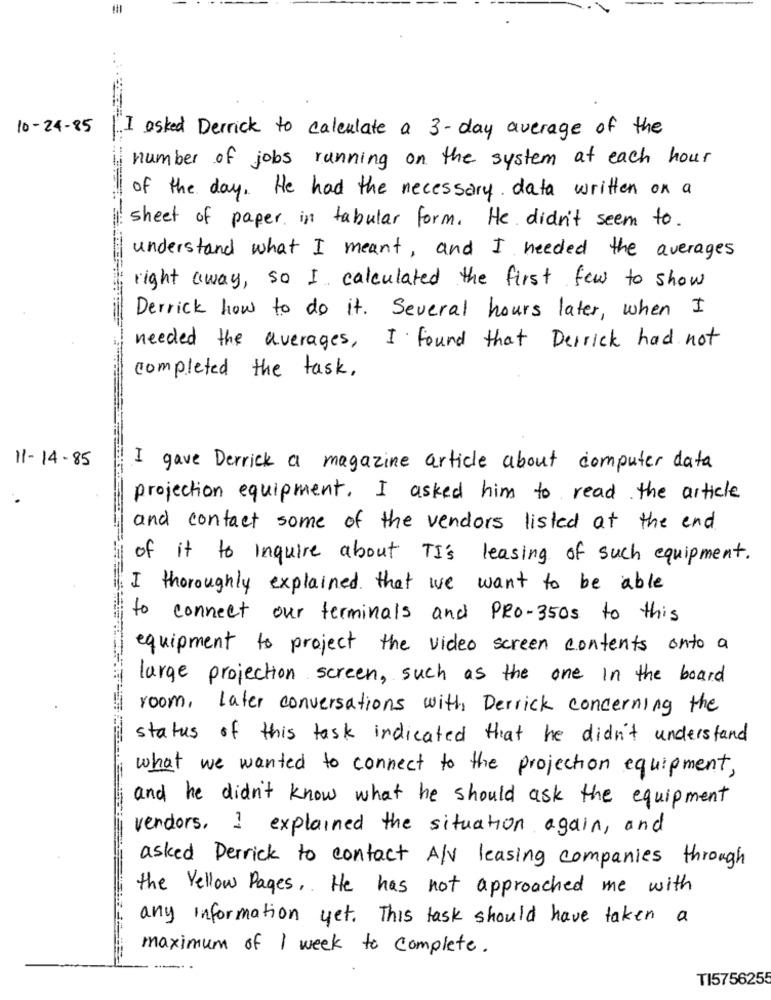
10-24-85
[I asked Derrick to calculate a 3 - day average of the
number of jobs running on the system at each hour
of the day. He had the necessary data written on a
sheet of paper in tabular form. He didn't seem to.
understand what I meant, and I needed the averages
right away, so I calculated the first few to show
Derrick how to do it. Several hours later, when I
needed the averages, I found that Derrick had not
completed the task,
11-14-85
I gave Derrick a magazine article about computer data
projection equipment. I asked him to read the article
and contact some of the vendors listed at the end
of it to inquire about TI's leasing of such equipment.
I thoroughly explained that we want to be able
to connect our terminals and PRO-350s to this
equipment to project the video screen contents onto a
large projection screen, such as the one in the board
room, later conversations with Derrick concerning the
status of this task indicated that he didn't understand
what we wanted to connect to the projection equipment,
and he didn't know what he should ask the equipment
vendors, I explained the situation again, and
asked Derrick to contact A/V leasing companies through
the Yellow Pages ,. He has not approached me with
any information yet. This task should have taken a
maximum of 1 week to complete.
TI5756255